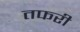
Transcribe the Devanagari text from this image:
तफरी